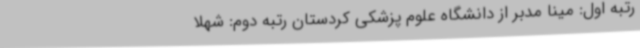
رتبه اول: مینا مدبر از دانشگاه علوم پزشکی کردستان رتبه دوم: شهلا